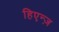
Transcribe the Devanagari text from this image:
हिएन्ज़